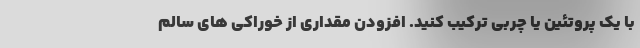
با یک پروتئین یا چربی ترکیب کنید. افزودن مقداری از خوراکی های سالم